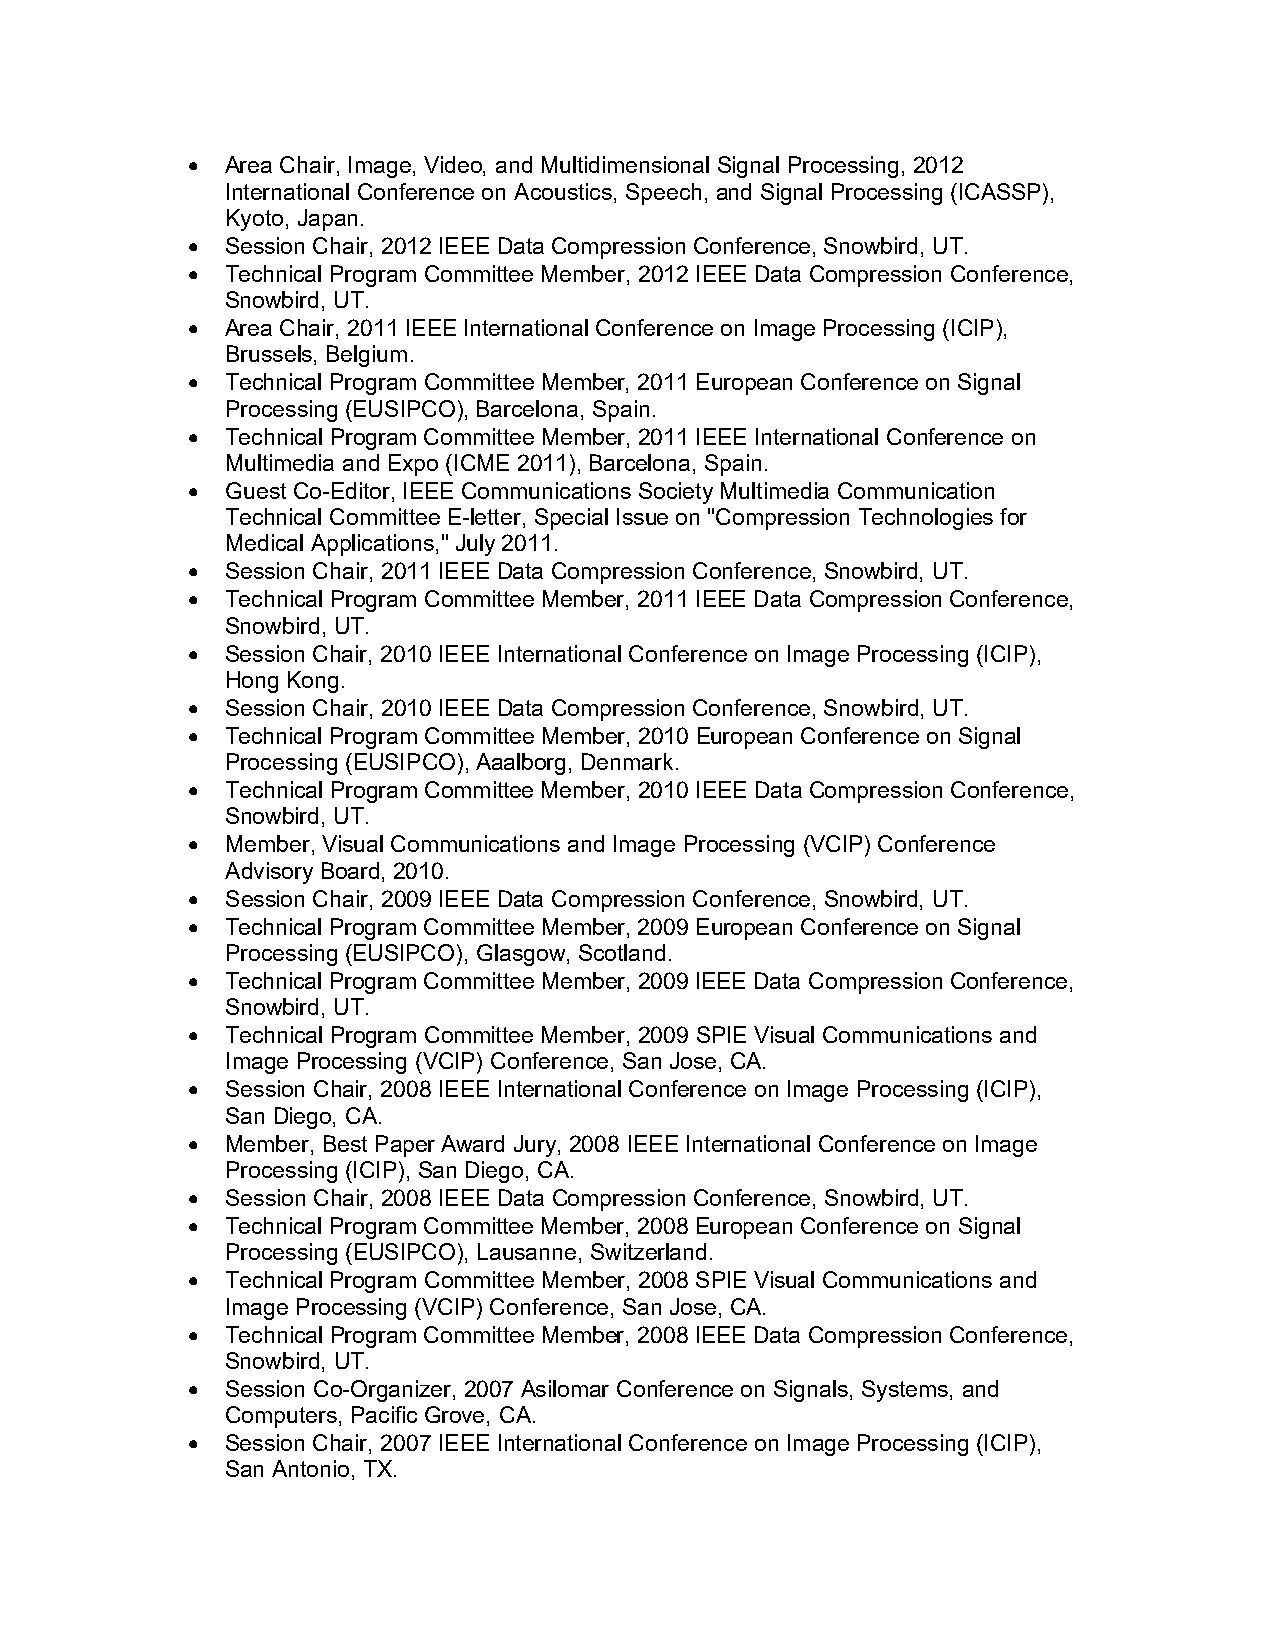
•  Area Chair, Image, Video, and Multidimensional Signal Processing, 2012
 International Conference on Acoustics, Speech, and Signal Processing (ICASSP),
 Kyoto, Japan.
 •  Session Chair, 2012 IEEE Data Compression Conference, Snowbird, UT.
 •  Technical Program Committee Member, 2012 IEEE Data Compression Conference,
 Snowbird, UT.
 •  Area Chair, 2011 IEEE International Conference on Image Processing (ICIP),
 Brussels, Belgium.
 •  Technical Program Committee Member, 2011 European Conference on Signal
 Processing (EUSIPCO), Barcelona, Spain.
 •  Technical Program Committee Member, 2011 IEEE International Conference on
 Multimedia and Expo (ICME 2011), Barcelona, Spain.
 •  Guest Co-Editor, IEEE Communications Society Multimedia Communication
 Technical Committee E-letter, Special Issue on "Compression Technologies for
 Medical Applications," July 2011.
 •  Session Chair, 2011 IEEE Data Compression Conference, Snowbird, UT.
 •  Technical Program Committee Member, 2011 IEEE Data Compression Conference,
 Snowbird, UT.
 •  Session Chair, 2010 IEEE International Conference on Image Processing (ICIP),
 Hong Kong.
 •  Session Chair, 2010 IEEE Data Compression Conference, Snowbird, UT.
 •  Technical Program Committee Member, 2010 European Conference on Signal
 Processing (EUSIPCO), Aaalborg, Denmark.
 •  Technical Program Committee Member, 2010 IEEE Data Compression Conference,
 Snowbird, UT.
 •  Member, Visual Communications and Image Processing (VCIP) Conference
 Advisory Board, 2010.
 •  Session Chair, 2009 IEEE Data Compression Conference, Snowbird, UT.
 •  Technical Program Committee Member, 2009 European Conference on Signal
 Processing (EUSIPCO), Glasgow, Scotland.
 •  Technical Program Committee Member, 2009 IEEE Data Compression Conference,
 Snowbird, UT.
 •  Technical Program Committee Member, 2009 SPIE Visual Communications and
 Image Processing (VCIP) Conference, San Jose, CA.
 •  Session Chair, 2008 IEEE International Conference on Image Processing (ICIP),
 San Diego, CA.
 •  Member, Best Paper Award Jury, 2008 IEEE International Conference on Image
 Processing (ICIP), San Diego, CA.
 •  Session Chair, 2008 IEEE Data Compression Conference, Snowbird, UT.
 •  Technical Program Committee Member, 2008 European Conference on Signal
 Processing (EUSIPCO), Lausanne, Switzerland.
 •  Technical Program Committee Member, 2008 SPIE Visual Communications and
 Image Processing (VCIP) Conference, San Jose, CA.
 •  Technical Program Committee Member, 2008 IEEE Data Compression Conference,
 Snowbird, UT.
 •  Session Co-Organizer, 2007 Asilomar Conference on Signals, Systems, and
 Computers, Pacific Grove, CA.
 •  Session Chair, 2007 IEEE International Conference on Image Processing (ICIP),
 San Antonio, TX.